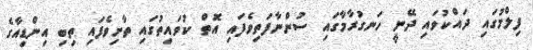
ފިލްމުގައި ދައްކުވައި ދޭނީ ހަނގުރާމާގައި ސުންނާފަތިވެފައި އޮތް ކުވައިތުގައި ތާށިވެފައި ތިބި އިންޑިއާގެ